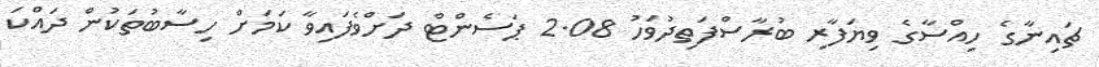
ޗައިނާގެ ހިއްސާގެ ވިޔަފާރި ބުރާސްފަތިދުވަހު 2.08 ޕަސެންޓް ދަށްވެފައިވާ ކަމަށް ހިސާބުތަކުން ދައްކަ